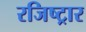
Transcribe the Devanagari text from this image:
रजिष्ट्रार